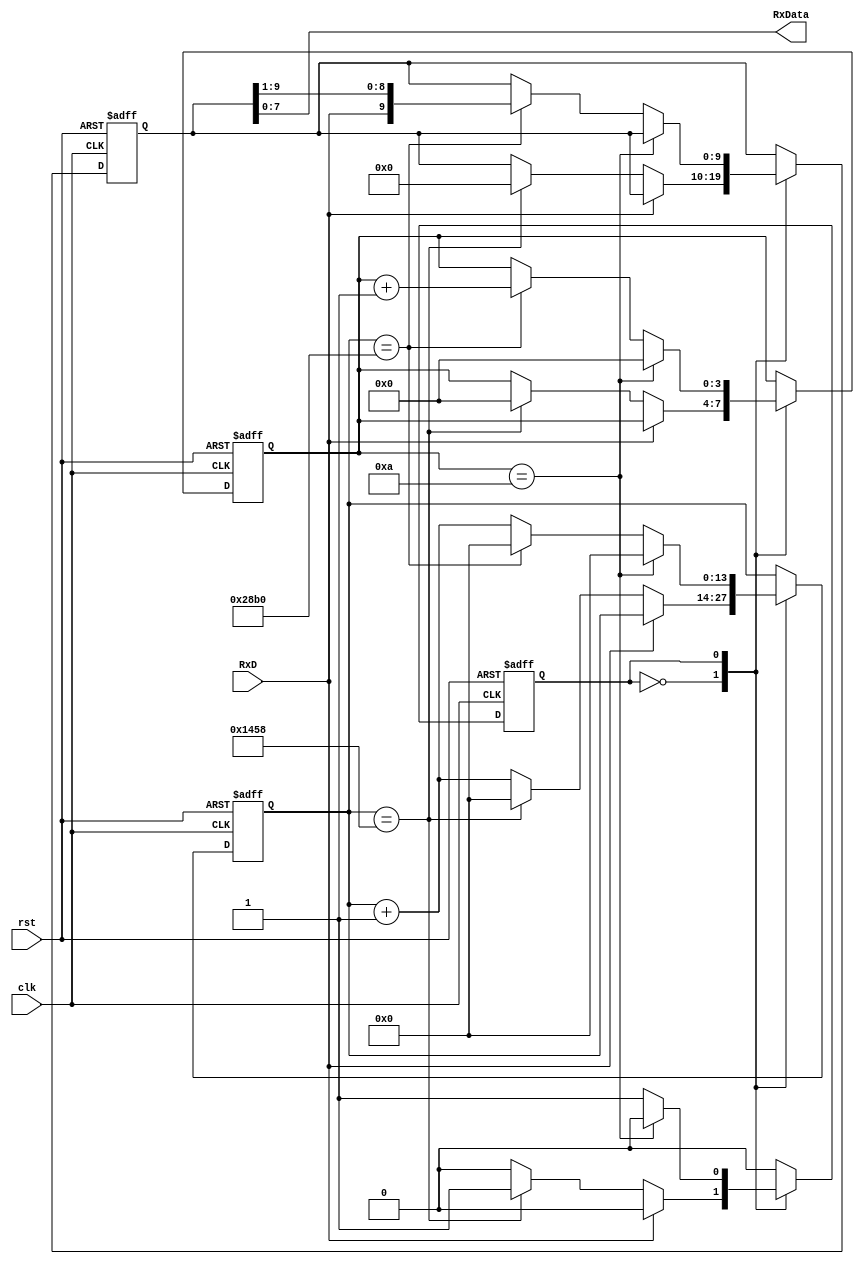
module bluetooth (
    input clk,
	input rst,
	input RxD,
	output [7:0] RxData
    ); 

	parameter bit_div = (100_000_000 / 9_600); // read the bit every bit_div
	parameter mid = (100_000_000 / 9_600) >> 1;	// divided by 2
	parameter IDLE = 1'b0;
	parameter READ = 1'b1;

    reg [13:0] cnt;
	reg [9:0] data;
	reg [3:0] bit_cnt;
	reg state;

	assign RxData = data[7:0];

	always@(posedge clk, posedge rst) begin
		if(rst) begin
			state <= IDLE;
			cnt <= 0;
			data <= 0;
			bit_cnt <= 0;
		end else begin
			case(state)
				IDLE : begin
					if(RxD == 1'b0) begin
						cnt <= cnt + 1;
						if(cnt == mid) begin
							state <= READ;
							cnt <= 0;
							data <= 0;
							bit_cnt <= 0;
						end
					end
				end
				READ : begin
					cnt <= cnt + 1;
					if(bit_cnt == 10) begin
						state <= IDLE;
						cnt <= 0;
						bit_cnt <= 0;
					end else begin
						if(cnt == bit_div) begin
							cnt <= 0;
							data <= {RxD, data[9:1]};
							bit_cnt <= bit_cnt + 1;
						end
					end
				end
			endcase
		end
	end

endmodule